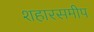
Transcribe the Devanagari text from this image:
शहारसमीप